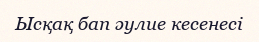
Ысқақ бап әулие кесенесі